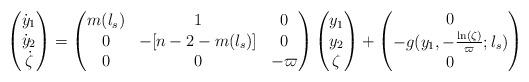
LaTeX: \begin{align*} \begin{pmatrix} \dot{y}_{1} \\ \dot{y}_{2} \\ \dot{\zeta} \end{pmatrix} = \begin{pmatrix} m(l_s) & 1 & 0 \\ 0 & -[n-2-m(l_s)] & 0 \\ 0 & 0 & -\varpi \end{pmatrix} \begin{pmatrix} y_1 \\ y_2 \\ \zeta \end{pmatrix} + \begin{pmatrix} 0 \\- g(y_1,-\frac{\ln(\zeta)}{\varpi};l_s)\\ 0 \end{pmatrix}\end{align*}